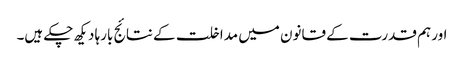
اور ہم قدرت کے قانون میں مداخلت کے نتائج بارہا دیکھ چکے ہیں۔